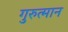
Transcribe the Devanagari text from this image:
गुरुत्मान